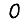
Digit: 0